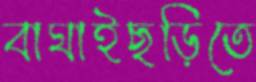
বাঘাইছড়িতে